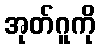
အုတ်ဂူကို